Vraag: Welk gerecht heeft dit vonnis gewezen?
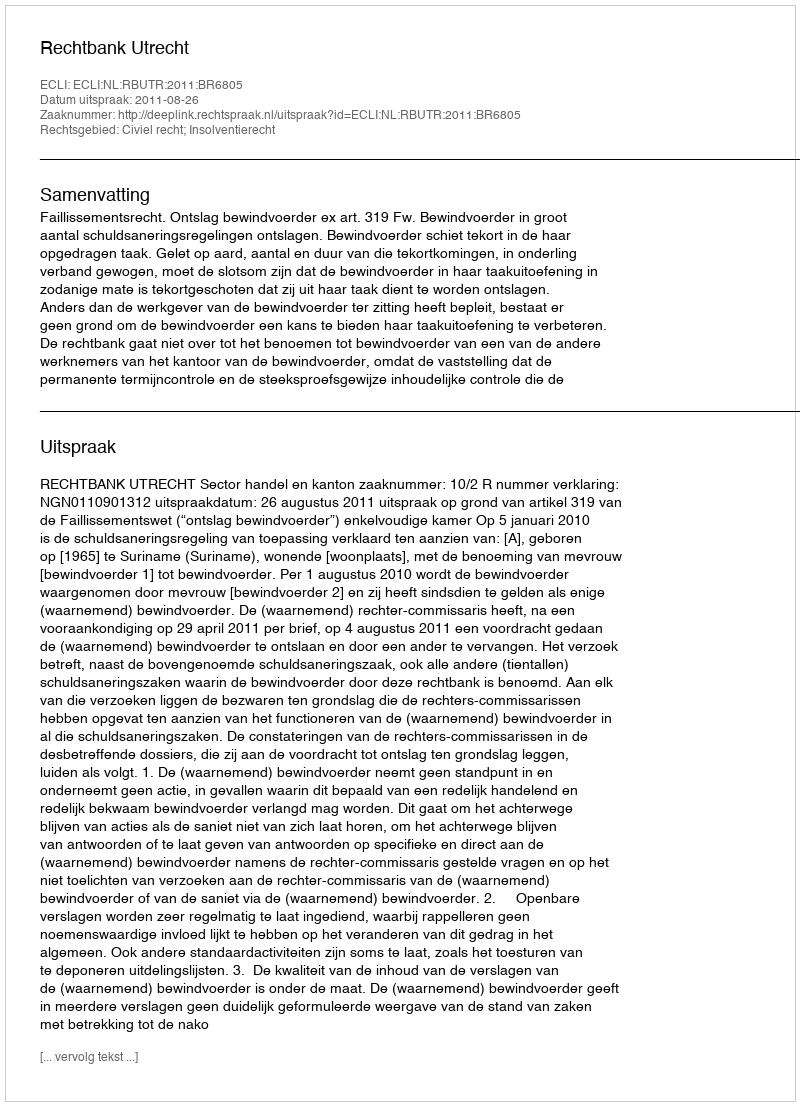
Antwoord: Rechtbank Utrecht